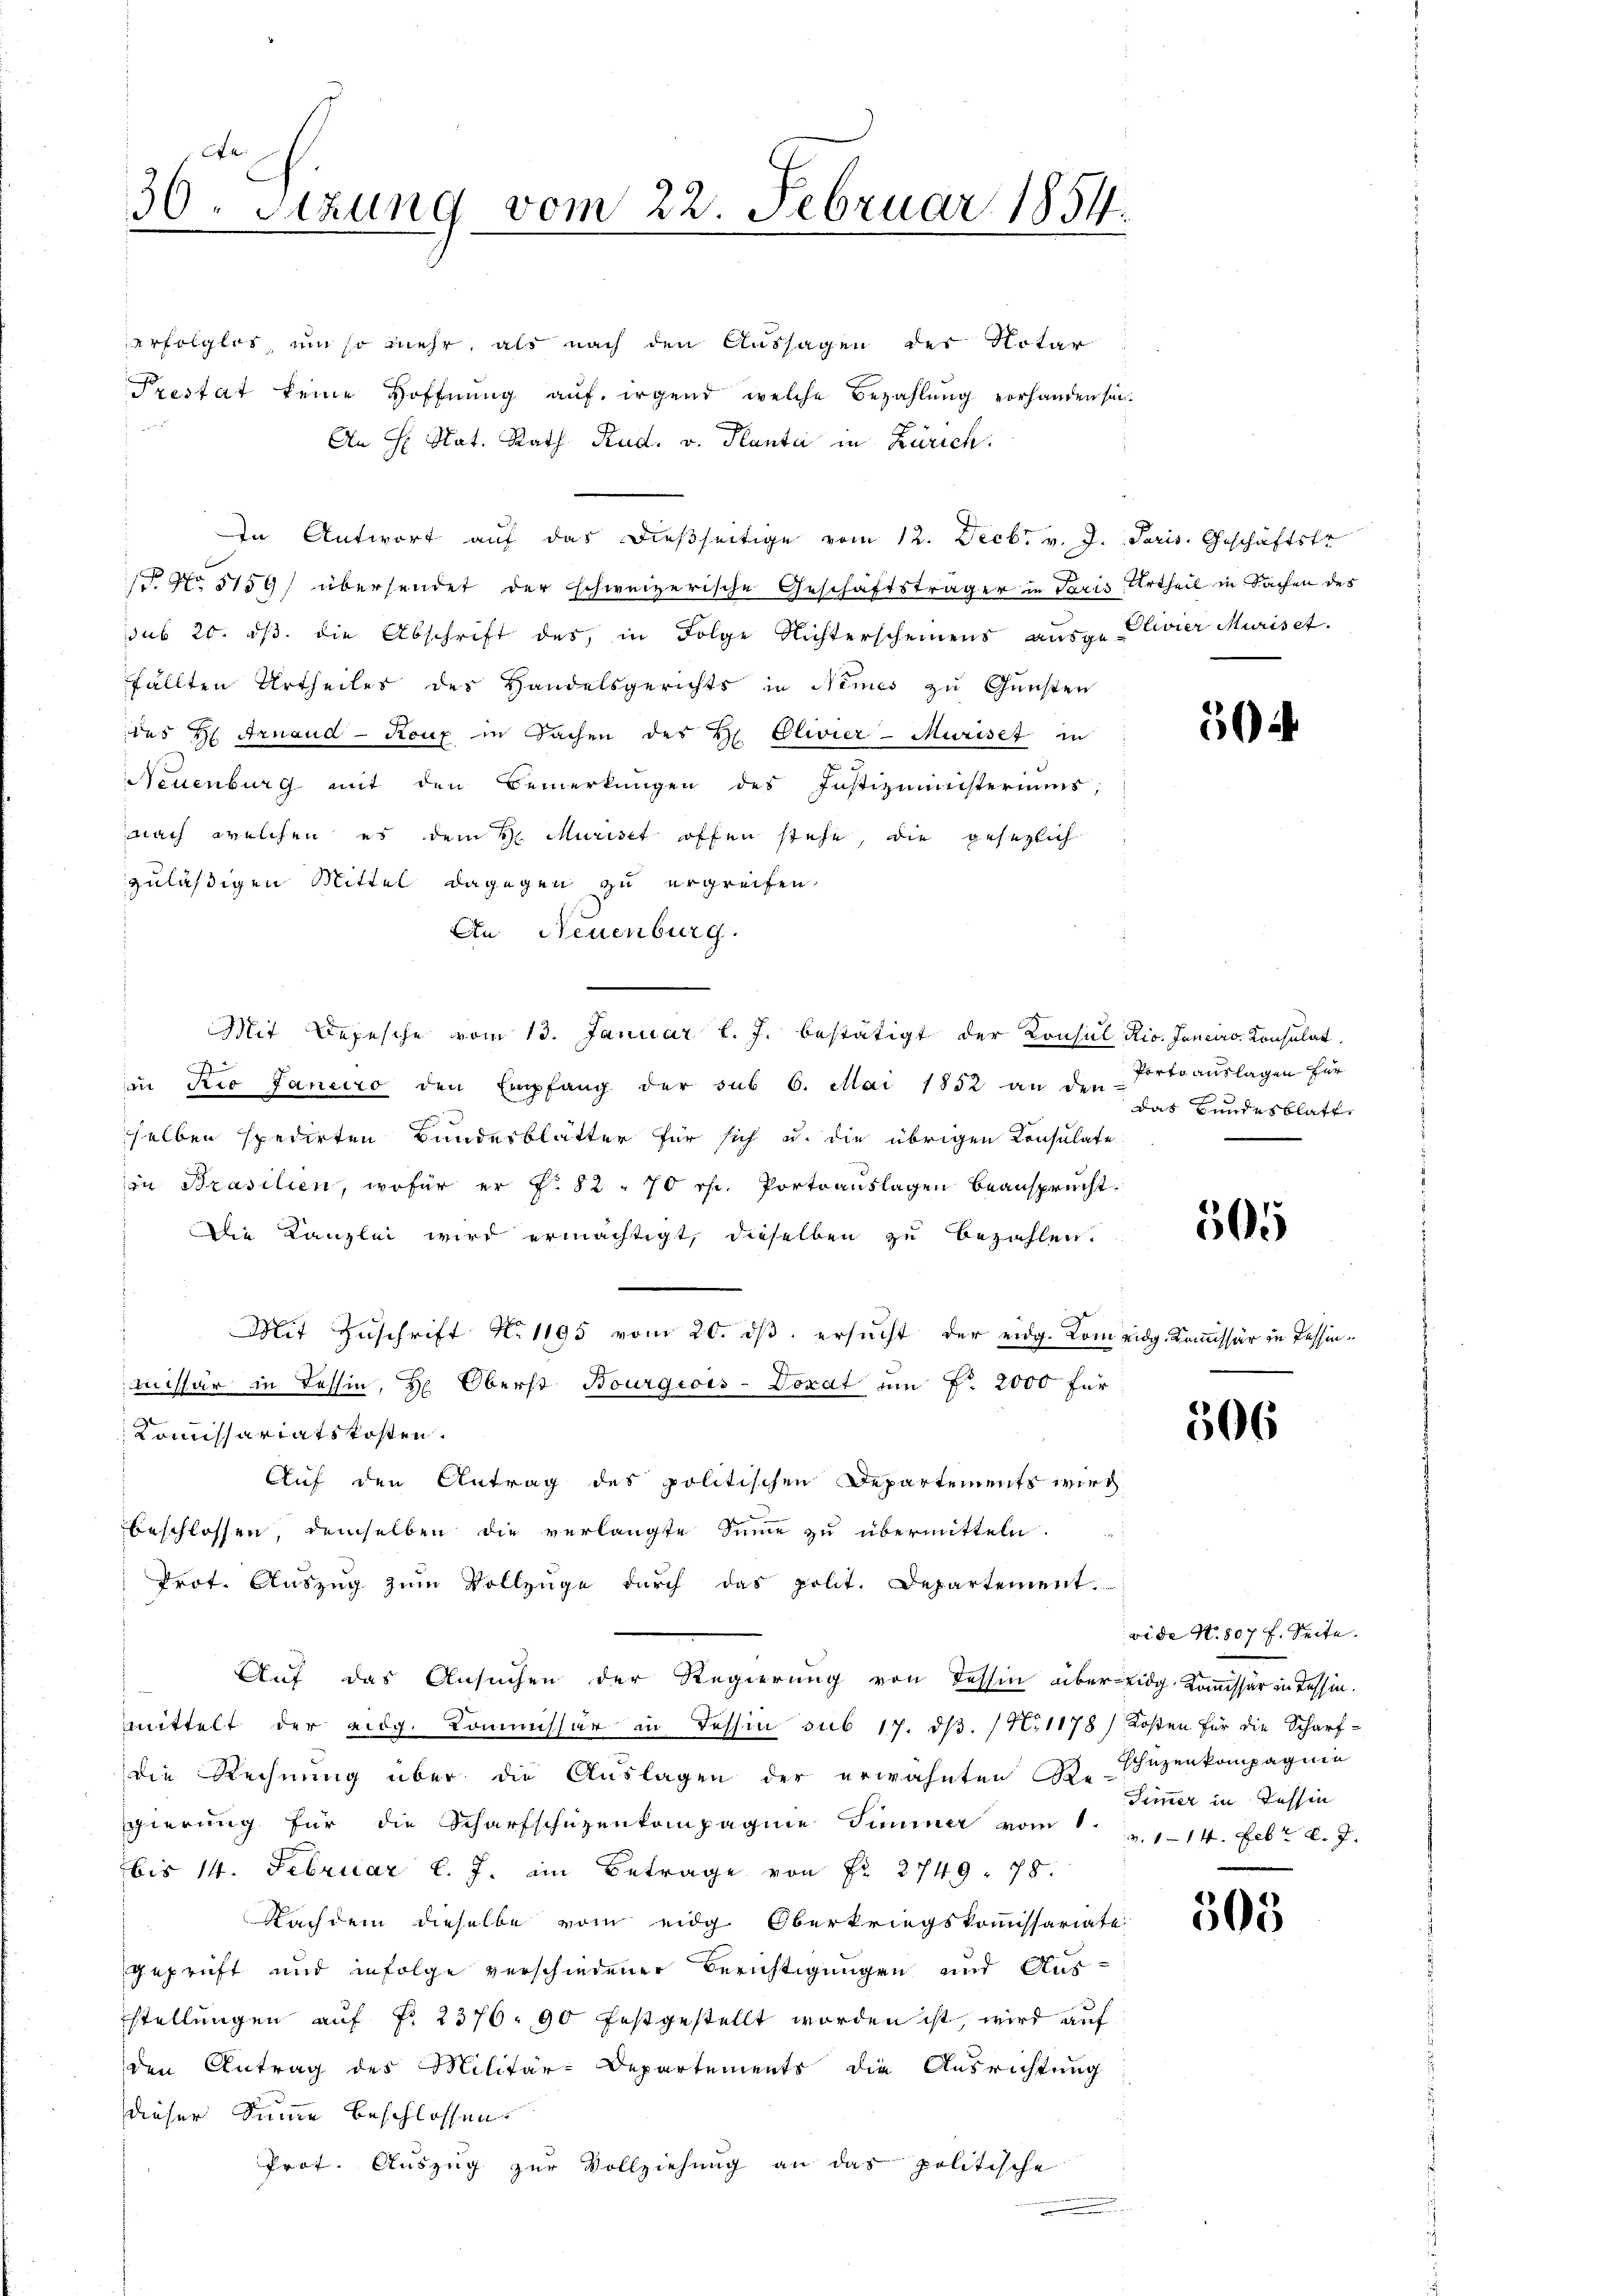
30. Sitzung vom 22. Februar 1854.

erfolglos, um so mehr, als nach den Aussagen der Notar
Prestat keine Hoffnŭng auf irgend welche Bezahlung vorhanden sei.
An H. Nat. Rath Rud. v. Planta in Zürich:
In Antwort aŭf das dieβseitige vom 12. Decbr. v. J. Paris. Geschäftstr
. No 5159) übersendet der schweizerische Geschäftsträger in Paris Urtheil in Sachen des
sub 20. dβ. die Abschrift des in Folge Nichterscheinens aŭsge- Clivier Muriset.
fällten Urtheiles des Handelsgerichts in Nimes zu Gunsten
des H. Arnaud-Koux in Sachen des H. Eliier-Murise in
Neuenburg mit den Bemerkŭngen des Justizministeriums,
nach welchen es dem Hr. Murist offen stehe, die gesezlich
zuläßigen Mittel dagegen zu ergreifen.
An Neuenburg.
Mit Depesche vom 13. Januar l. J. bestätigt der Konsul Hio. Janeiro Konsulat
A
in Rio Janeiro den Empfang der sub 6. Mai 1852 an den Portoauslagen für
selben spedirten Bundesblätter für sich u. die übrigen Konsulate
in Prasilien, wofür er f. 82 - 70 rp. Portoauslagen beansprucht.
Die Kanzlei wird ermächtigt, dieselben zu bezahlen.
Mit Zuschrift N. 1195 vom 20. dβ ersucht der eidg. Kom eidg. Kommissär in Tessinmissär in Tessin, Hr. Oberst Bourgiois-Dozat um Fr. 2000 für
Kommissariatskosten.
Auf den Antrag des politischen Departements wird
beschlossen, demselben die verlangte Summe zu übermitteln.
Prot. Aŭszŭg zŭm Vollzüge durch das polit. Departement.
Auf das Ansuchen der Regierung von dessen über eidg. Kommissär in Tessin.
mittelt der eidg. Kommissär in Tessin sub 17. dß. (N. 1178 / Kosten für die Scharfdie Rechnung über die Auslagen der erwähnten Beschüzenkompagnie
gierung für die Scharfschüzenkompagnie Simmer vom 12. 114. Febr. v. J.
bis 14. Februar l. J. im Betrage von Fr. 2749. 78.
Nachdem dieselbe vom eidg. Oberkriegskommissariate
geprüft und infolge verschiedener Berichtigungen und Aus
stellungen auf No 2376. 90 festgestellt worden ist, wird auf
den Antrag des Militär-Departements die Ausrichtung
dieser Summe beschlossen.
Prot. Aŭszŭg zŭr Vollziehŭng an das politische
.

504

das Bundesblatt

505

506

vide N. 807 f. Seite.
Simmer in Tessin

305